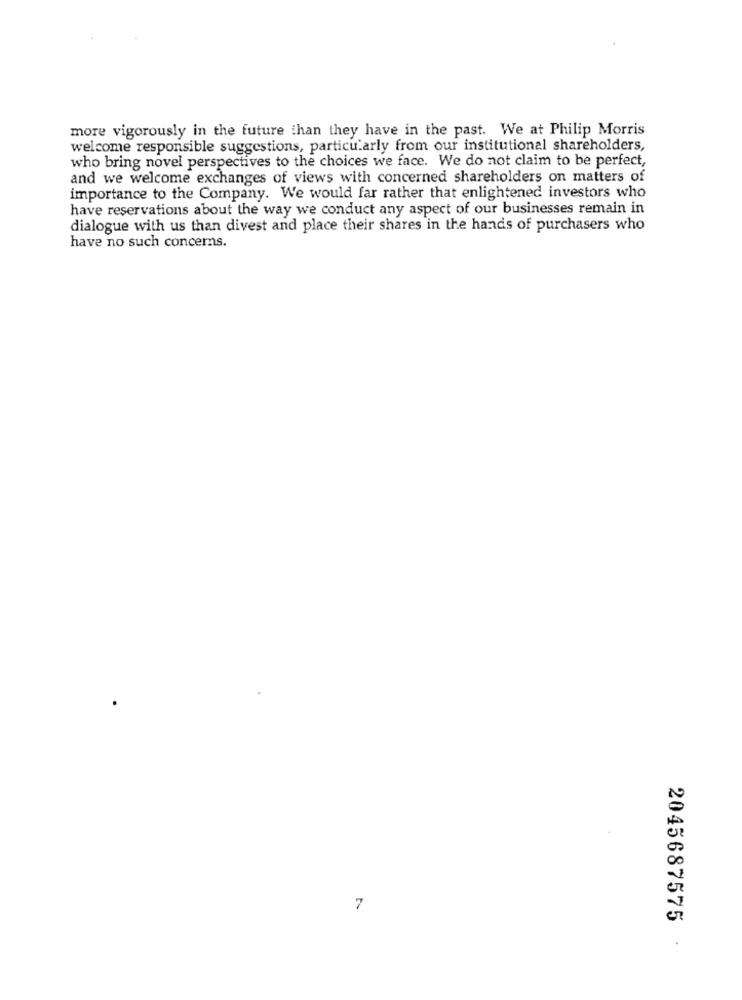
more vigorously in the future than they have in the past. We at Philip Morris
welcome responsible suggestions, particularly from our institutional shareholders,
who bring novel perspectives to the choices we face. We do not claim to be perfect,
and we welcome exchanges of views with concerned shareholders on matters of
importance to the Company. We would far rather that enlightened investors who
have reservations about the way we conduct any aspect of our businesses remain in
dialogue with us than divest and place their shares in the hands of purchasers who
have no such concerns.
7
2045687575